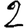
Digit: 2